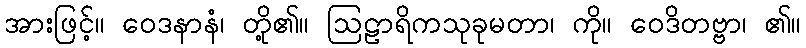
အားဖြင့်။ ဝေဒနာနံ၊ တို့၏။ ဩဠာရိကသုခုမတာ၊ ကို။ ဝေဒိတဗ္ဗာ၊ ၏။